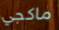
ماكجي